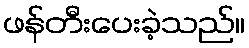
ဖန်တီးပေးခဲ့သည်။